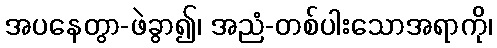
အပနေတွာ-ဖဲခွာ၍၊ အညံ-တစ်ပါးသောအရာကို၊